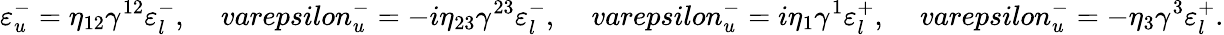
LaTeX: \varepsilon_{u}^{-}=\eta_{12}\gamma^{12}\varepsilon_{l}^{-},\ \ \ \ \, varepsilon_{u}^{-}=-i\eta_{23}\gamma^{23}\varepsilon_{l}^{-},\ \ \ \ \, varepsilon_{u}^{-}=i\eta_{1}\gamma^{1}\varepsilon_{l}^{+},\ \ \ \ \, varepsilon_{u}^{-}=-\eta_{3}\gamma^{3}\varepsilon_{l}^{+}.